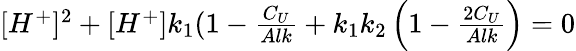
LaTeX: \begin{array}{r}{[H^{+}]^{2}+[H^{+}]k_{1}(1-\frac{C_{U}}{Alk}+k_{1}k_{2}\left(1-\frac{2C_{U}}{Alk}\right)=0}\end{array}